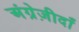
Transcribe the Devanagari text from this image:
अंग्रेज़ीदाँ